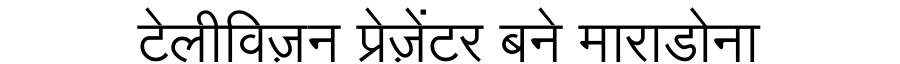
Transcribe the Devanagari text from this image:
टेलीविज़न प्रेज़ेंटर बने माराडोना